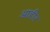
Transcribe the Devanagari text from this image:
आहीर